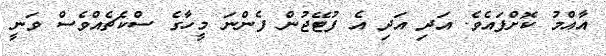
އާއްމު ކޮށްފައެވެ. އަދި އަދި އެ ފުޓޭޖުން ފެންނަ މީހާގެ ސްކެޗެއްވެސް ވަނީ